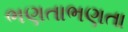
ભણતાભણતા